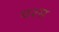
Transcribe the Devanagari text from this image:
यश्स